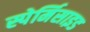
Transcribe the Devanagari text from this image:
स्पेर्मिसाइड